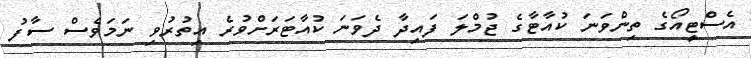
އެސްޓީއޯގެ ތިންވަނަ ކުއާޓާގެ ޖުމްލަ ފައިދާ ދެވަނަ ކުއާޓަރަށްވުރެ އިތުރުވި ނަމަވެސް ސާފު